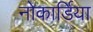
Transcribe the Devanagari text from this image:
नोकार्डिया